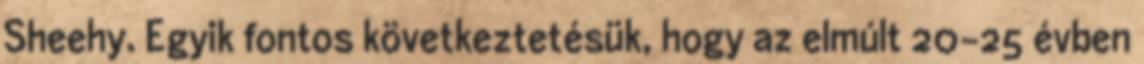
Sheehy. Egyik fontos következtetésük, hogy az elmúlt 20-25 évben